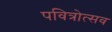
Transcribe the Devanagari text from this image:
पवित्रोत्सव